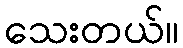
သေးတယ်။